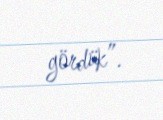
gördük”.